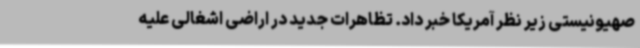
صهیونیستی زیر نظر آمریکا خبر داد. تظاهرات جدید در اراضی اشغالی علیه